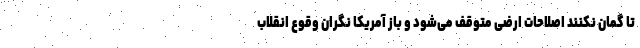
تا گمان نکنند اصلاحات ارضی متوقف می‌شود و باز آمریکا نگران وقوع انقلاب